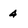
Character: 4